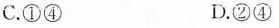
C.①④ D.②④